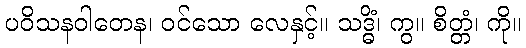
ပဝိသနဝါတေန၊ ဝင်သော လေနှင့်။ သဒ္ဓိံ၊ ကွ။ စိတ္တံ၊ ကို။